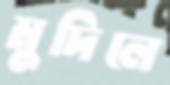
মুদিলে